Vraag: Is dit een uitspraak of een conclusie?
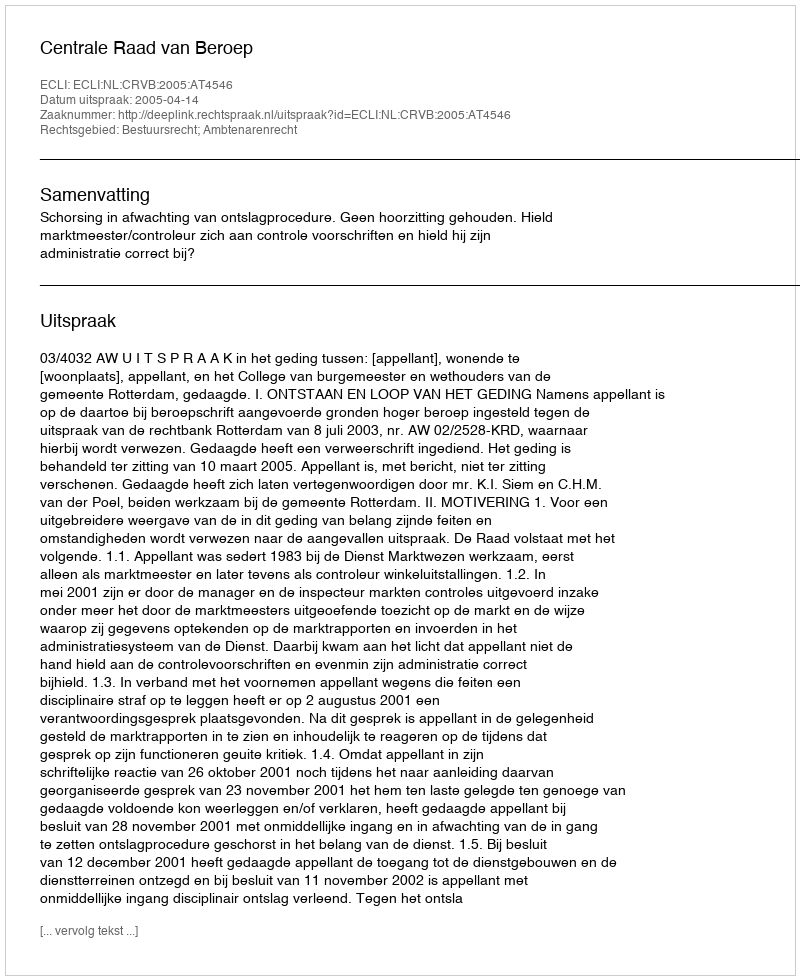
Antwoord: Uitspraak